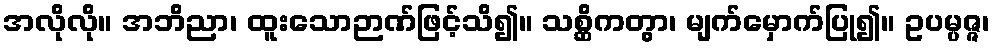
အလိုလို။ အဘိညာ၊ ထူးသောဉာဏ်ဖြင့်သိ၍။ သစ္ဆိကတွာ၊ မျက်မှောက်ပြု၍။ ဥပမ္ပဇ္ဇ၊